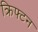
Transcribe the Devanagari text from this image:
क्रिफ्टन